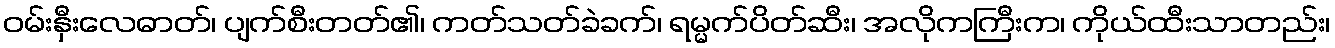
ဝမ်းနှီးလေဓာတ်၊ ပျက်စီးတတ်၏၊ ကတ်သတ်ခဲခက်၊ ရမ္မက်ပိတ်ဆီး၊ အလိုကကြီးက၊ ကိုယ်ထီးသာတည်း၊